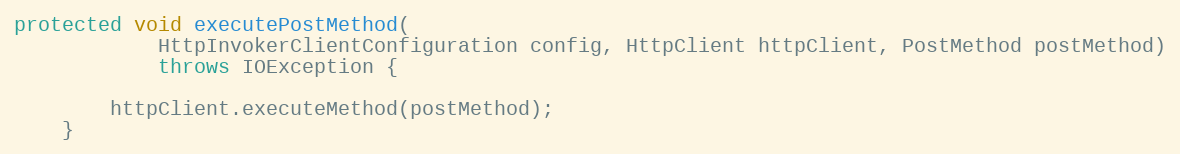
Language: Java
protected void executePostMethod(
            HttpInvokerClientConfiguration config, HttpClient httpClient, PostMethod postMethod)
            throws IOException {

        httpClient.executeMethod(postMethod);
    }